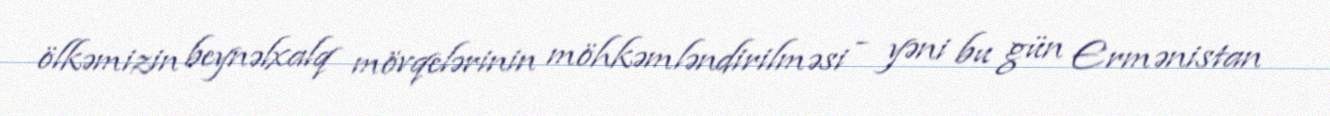
ölkəmizin beynəlxalq mövqelərinin möhkəmləndirilməsi - yəni bu gün Ermənistan